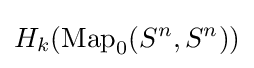
H_{k}(\operatorname {Map} _{0}(S^{n},S^{n}))